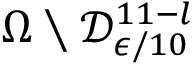
\Omega \setminus \mathcal { D } _ { \epsilon / 1 0 } ^ { 1 1 - l }